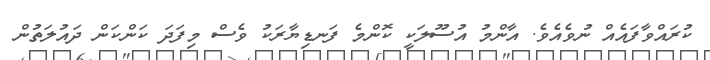
ކުރައްވާފައެއް ނުވެއެވެ. އާންމު އުސޫލަކީ ކޮންމެ ފަނޑިޔާރަކު ވެސް މިފަދަ ކަންކަން ދައުލަތުން